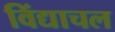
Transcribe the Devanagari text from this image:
विंद्याचल